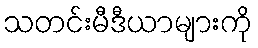
သတင်းမီဒီယာများကို